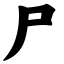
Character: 尸